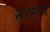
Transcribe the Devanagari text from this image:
सरमाये